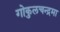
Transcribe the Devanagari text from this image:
गोकुलचन्द्रमा